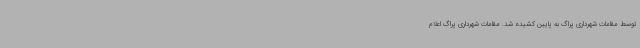
توسط مقامات شهرداری پراگ به پایین کشیده شد. مقامات شهرداری پراگ اعلام